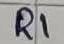
Text: R1